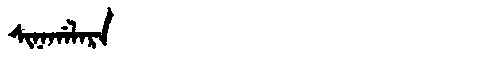
Manchu: ᠰᡳᠨᠠᡤᠠᠯᠠᡵᠠ
Romanization: SINAGALARA